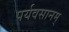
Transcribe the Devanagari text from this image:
पर्यवसानम्